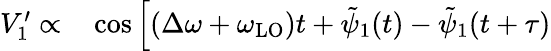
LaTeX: \begin{array}{rl}{V_{1}^{\prime}\propto}&{{}\cos\left[(\Delta\omega+\omega_{\mathrm{LO}})t+\tilde{\psi}_{1}(t)-\tilde{\psi}_{1}(t+\tau)\right.}\end{array}